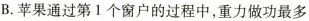
B.苹果通过第1个窗户的过程中，重力做功最多